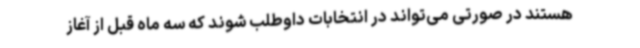
هستند در صورتی می‌تواند در انتخابات داوطلب شوند که سه ماه قبل از آغاز